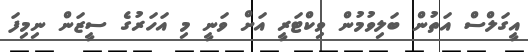
އީގަލްސް އަތުން ބަލިވުމުން ވިކްޓަރީ އަށް ވަނީ މި އަހަރުގެ ސީޒަން ނިމިފަ